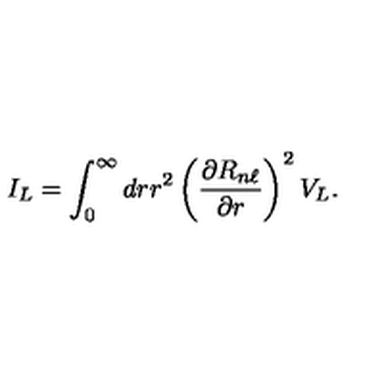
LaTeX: I _ { L } = \int _ { 0 } ^ { \infty } d r r ^ { 2 } \left( \frac { \partial R _ { n \ell } } { \partial r } \right) ^ { 2 } V _ { L } .